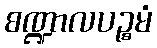
စဏ္ဍာလပဉ္စမံ